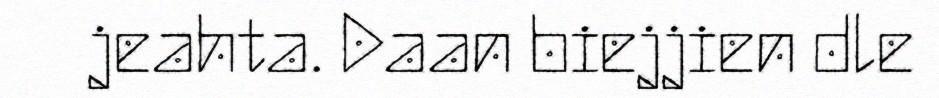
jeahta. Daan biejjien dle